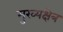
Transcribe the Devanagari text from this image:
मुख्यक्षेत्र